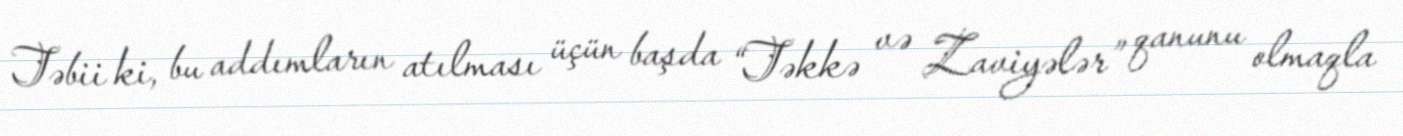
Təbii ki, bu addımların atılması üçün başda “Təkkə və Zaviyələr” qanunu olmaqla